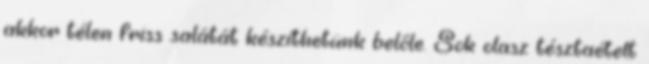
akkor télen friss salátát készíthetünk belőle. Sok olasz tésztaételt